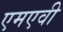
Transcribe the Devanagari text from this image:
एमएवी